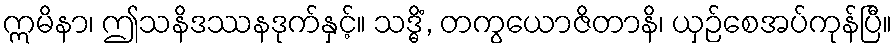
ဣမိနာ၊ ဤသနိဒဿနဒုက်နှင့်။ သဒ္ဓိံ, တကွယောဇိတာနိ၊ ယှဉ်စေအပ်ကုန်ပြီ။